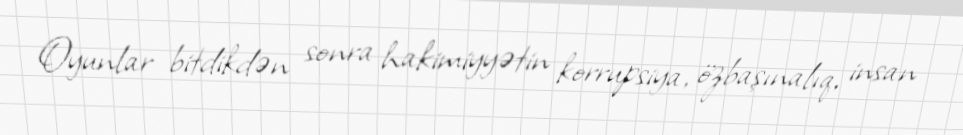
Oyunlar bitdikdən sonra hakimiyyətin korrupsiya, özbaşınalıq, insan